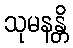
သုမနန္တိ